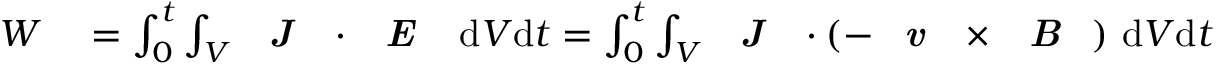
\begin{array} { r l } { W } & { { } = \int _ { 0 } ^ { t } \int _ { V } \textbf { \emph { J } } \cdot \textbf { \emph { E } } ~ \mathrm { d } V \mathrm { d } t = \int _ { 0 } ^ { t } \int _ { V } \textbf { \emph { J } } \cdot ( - \textbf { \emph { v } } \times \textbf { \emph { B } } ) ~ \mathrm { d } V \mathrm { d } t } \end{array}